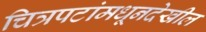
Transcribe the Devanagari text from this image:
चित्रपटांमधूनदेखील